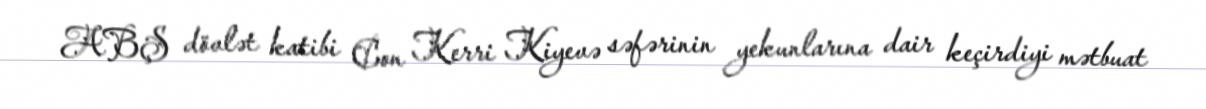
ABŞ dövlət katibi Con Kerri Kiyevə səfərinin yekunlarına dair keçirdiyi mətbuat